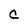
Character: C